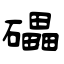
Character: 礧